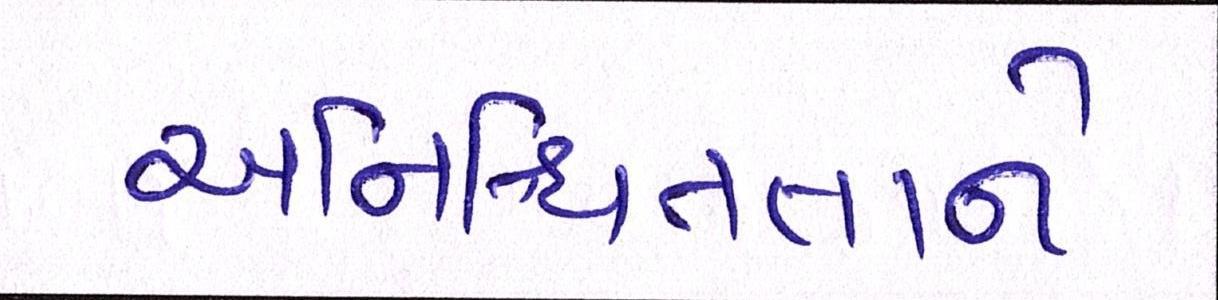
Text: અનિશ્ચિતતાને